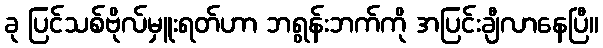
ခု ပြင်သစ်ဗိုလ်မှူးရတ်ဟာ ဘရွန်းဘက်ကို အပြင်းချီလာနေပြီ။